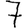
Digit: 7